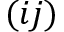
( i j )